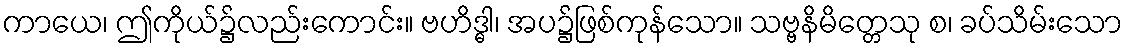
ကာယေ၊ ဤကိုယ်၌လည်းကောင်း။ ဗဟိဒ္ဓါ၊ အပ၌ဖြစ်ကုန်သော။ သဗ္ဗနိမိတ္တေသု စ၊ ခပ်သိမ်းသော